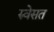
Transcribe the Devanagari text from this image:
रुवेसत